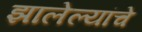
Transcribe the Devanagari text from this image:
झालेल्यांचे